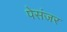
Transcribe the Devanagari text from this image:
पेसंजर